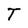
Character: T